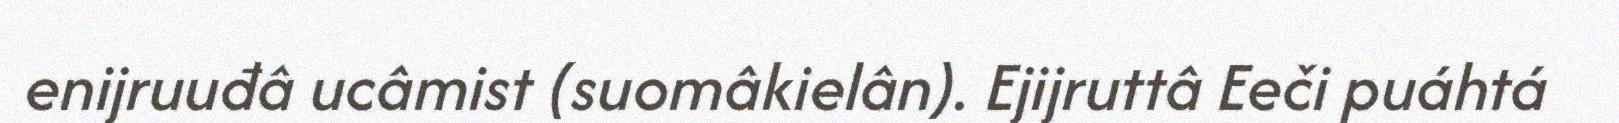
enijruuđâ ucâmist (suomâkielân). Ejijruttâ Eeči puáhtá